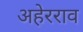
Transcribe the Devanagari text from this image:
अहेरराव